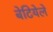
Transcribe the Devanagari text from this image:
बेटियेले